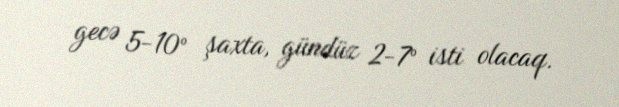
gecə 5-10° şaxta, gündüz 2-7° isti olacaq.